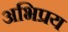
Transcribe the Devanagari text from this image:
अभिप्रय